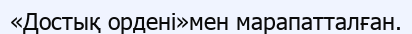
«Достық ордені»мен марапатталған.